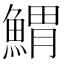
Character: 𩹂